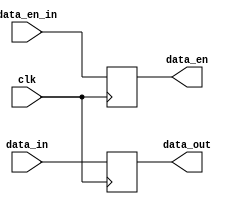
module source_output(
	input clk,
	input data_en_in,
	input [15:0]data_in,
	output reg data_en,
	output reg [15:0]data_out
	);

always @(posedge clk)
begin
	data_en <= data_en_in;
	data_out <= data_in;
end

endmodule